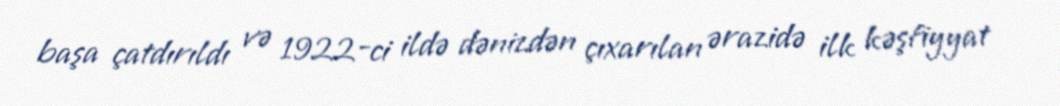
başa çatdırıldı və 1922-ci ildə dənizdən çıxarılan ərazidə ilk kəşfiyyat